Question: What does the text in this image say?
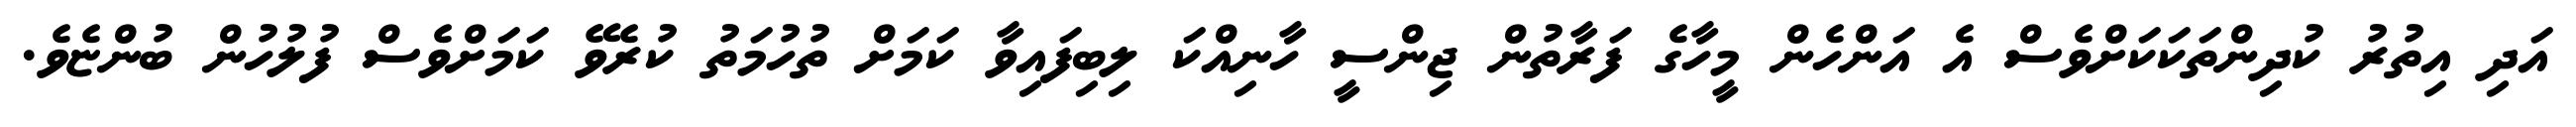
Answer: އަދި އިތުރު ކުދިންތަކަކަށްވެސް އެ އަންހެން މީހާގެ ފަރާތުން ޖިންސީ ހާނިއްކަ ލިބިފައިވާ ކަމަށް ތުހުމަތު ކުރެވޭ ކަމަށްވެސް ފުލުހުން ބުންޏެވެ.